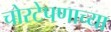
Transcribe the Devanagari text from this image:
चोरटेपणाच्या